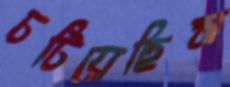
চটিয়েছিস